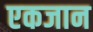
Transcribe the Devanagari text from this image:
एकजान